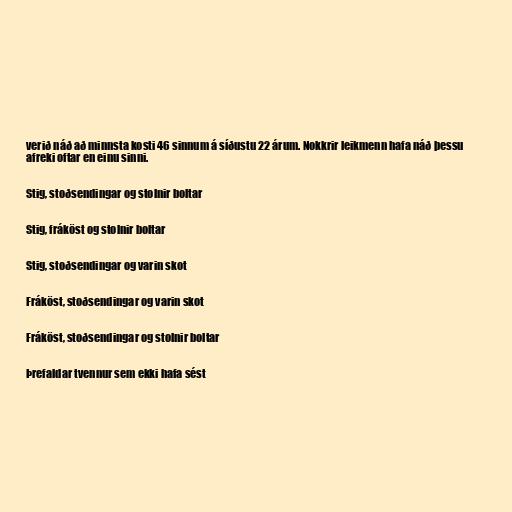
verið náð að minnsta kosti 46 sinnum á síðustu 22 árum. Nokkrir leikmenn hafa náð þessu
afreki oftar en einu sinni.

Stig, stoðsendingar og stolnir boltar

Stig, fráköst og stolnir boltar

Stig, stoðsendingar og varin skot

Fráköst, stoðsendingar og varin skot

Fráköst, stoðsendingar og stolnir boltar

Þrefaldar tvennur sem ekki hafa sést